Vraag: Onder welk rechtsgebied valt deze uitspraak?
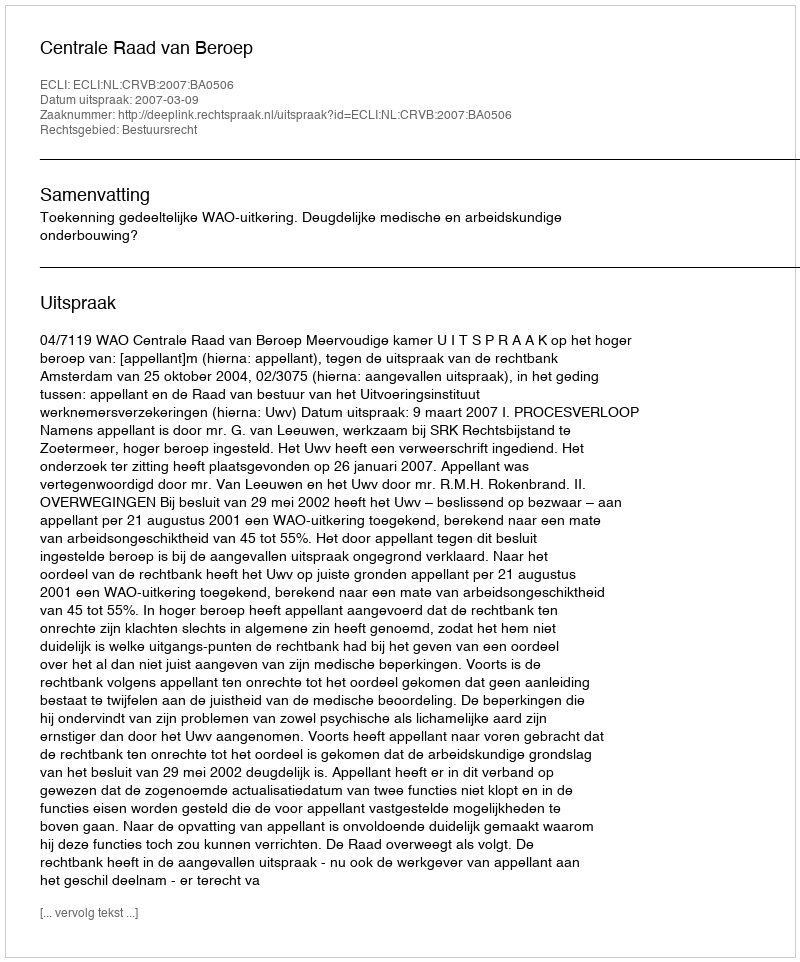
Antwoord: Bestuursrecht